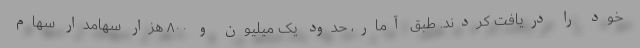
خود را دریافت کردند. طبق آمار، حدود یک میلیون و ۸۰۰ هزار سهامدار سهام